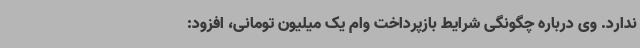
ندارد. وی درباره چگونگی شرایط بازپرداخت وام یک میلیون تومانی، افزود: